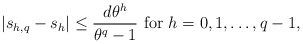
\begin{align*} |s_{h,q}-s_h|\le\frac{d\theta^{h}}{\theta^{q}-1}~{\rm for}~h=0,1,\dots,q-1,\end{align*}